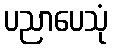
ပညာပေသုံ